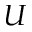
U